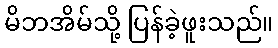
မိဘအိမ်သို့ ပြန်ခဲ့ဖူးသည်။